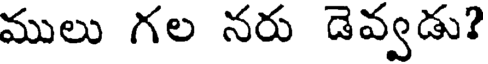
ములు గల నరు డెవ్వడు?